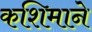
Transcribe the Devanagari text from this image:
कशिमाने